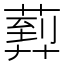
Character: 𦻢